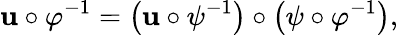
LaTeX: \mathbf{u}\circ\varphi^{-1}={\big(}\mathbf{u}\circ\psi^{-1}{\big)}\circ{\big(}\psi\circ\varphi^{-1}{\big)},